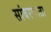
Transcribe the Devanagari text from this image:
सांबरकाठा